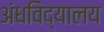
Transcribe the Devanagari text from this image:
अंधविद्यालय